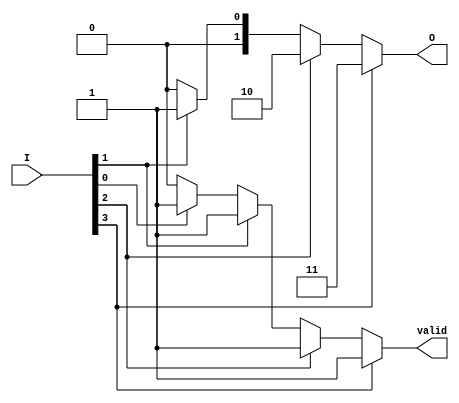
module binary_encoder (
    input wire [3:0] I,  // 4 input lines
    output reg [1:0] O,  // 2 output lines
    output reg valid     // Indicates if the output is valid (1 active input)
);

    always @(*) begin
        // Default values
        O = 2'b00;  // Default output
        valid = 1'b0; // Default valid output

        // Priority encoding
        if (I[3]) begin
            O = 2'b11; // I3 is active
            valid = 1'b1;
        end
        else if (I[2]) begin
            O = 2'b10; // I2 is active
            valid = 1'b1;
        end
        else if (I[1]) begin
            O = 2'b01; // I1 is active
            valid = 1'b1;
        end
        else if (I[0]) begin
            O = 2'b00; // I0 is active
            valid = 1'b1;
        end
        // If no inputs are active, O remains 00 and valid stays 0
    end

endmodule